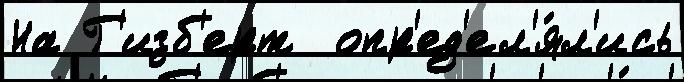
На Г'изб'ерт  опр'ед'ел'я́л'ись